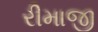
રીમાજી